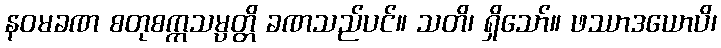
နဝမခဏ စတုစက္ကသမ္ပတ္တိ ခဏသည်ပင်။ သတိ၊ ရှိသော်။ ဖဿာဒယောပိ၊